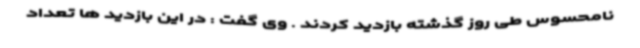
نامحسوس طی روز گذشته بازدید کردند . وی گفت : در این بازدید ها تعداد